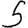
Digit: 5